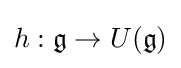
h:{\mathfrak {g}}\to U({\mathfrak {g}})